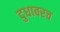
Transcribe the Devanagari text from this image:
दुधावरच